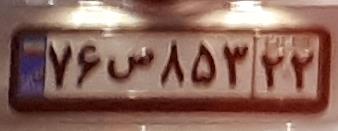
۷۶س۸۵۳۲۲